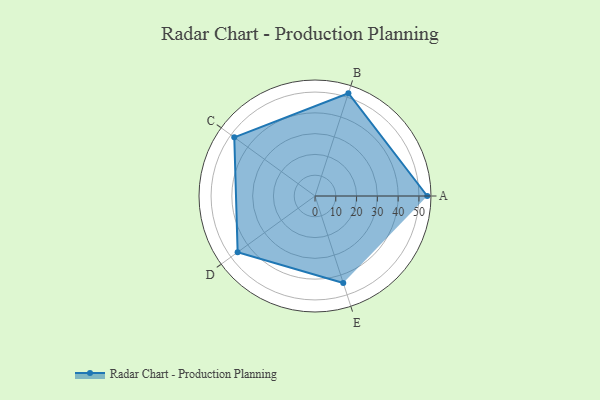
{"axis": {"x": "Skill", "y": "Score"}, "legend": ["Profile"], "data": [{"x": "A", "y": 54.0, "type": "Profile"}, {"x": "B", "y": 52.0, "type": "Profile"}, {"x": "C", "y": 48.0, "type": "Profile"}, {"x": "D", "y": 46.0, "type": "Profile"}, {"x": "E", "y": 44.0, "type": "Profile"}]}